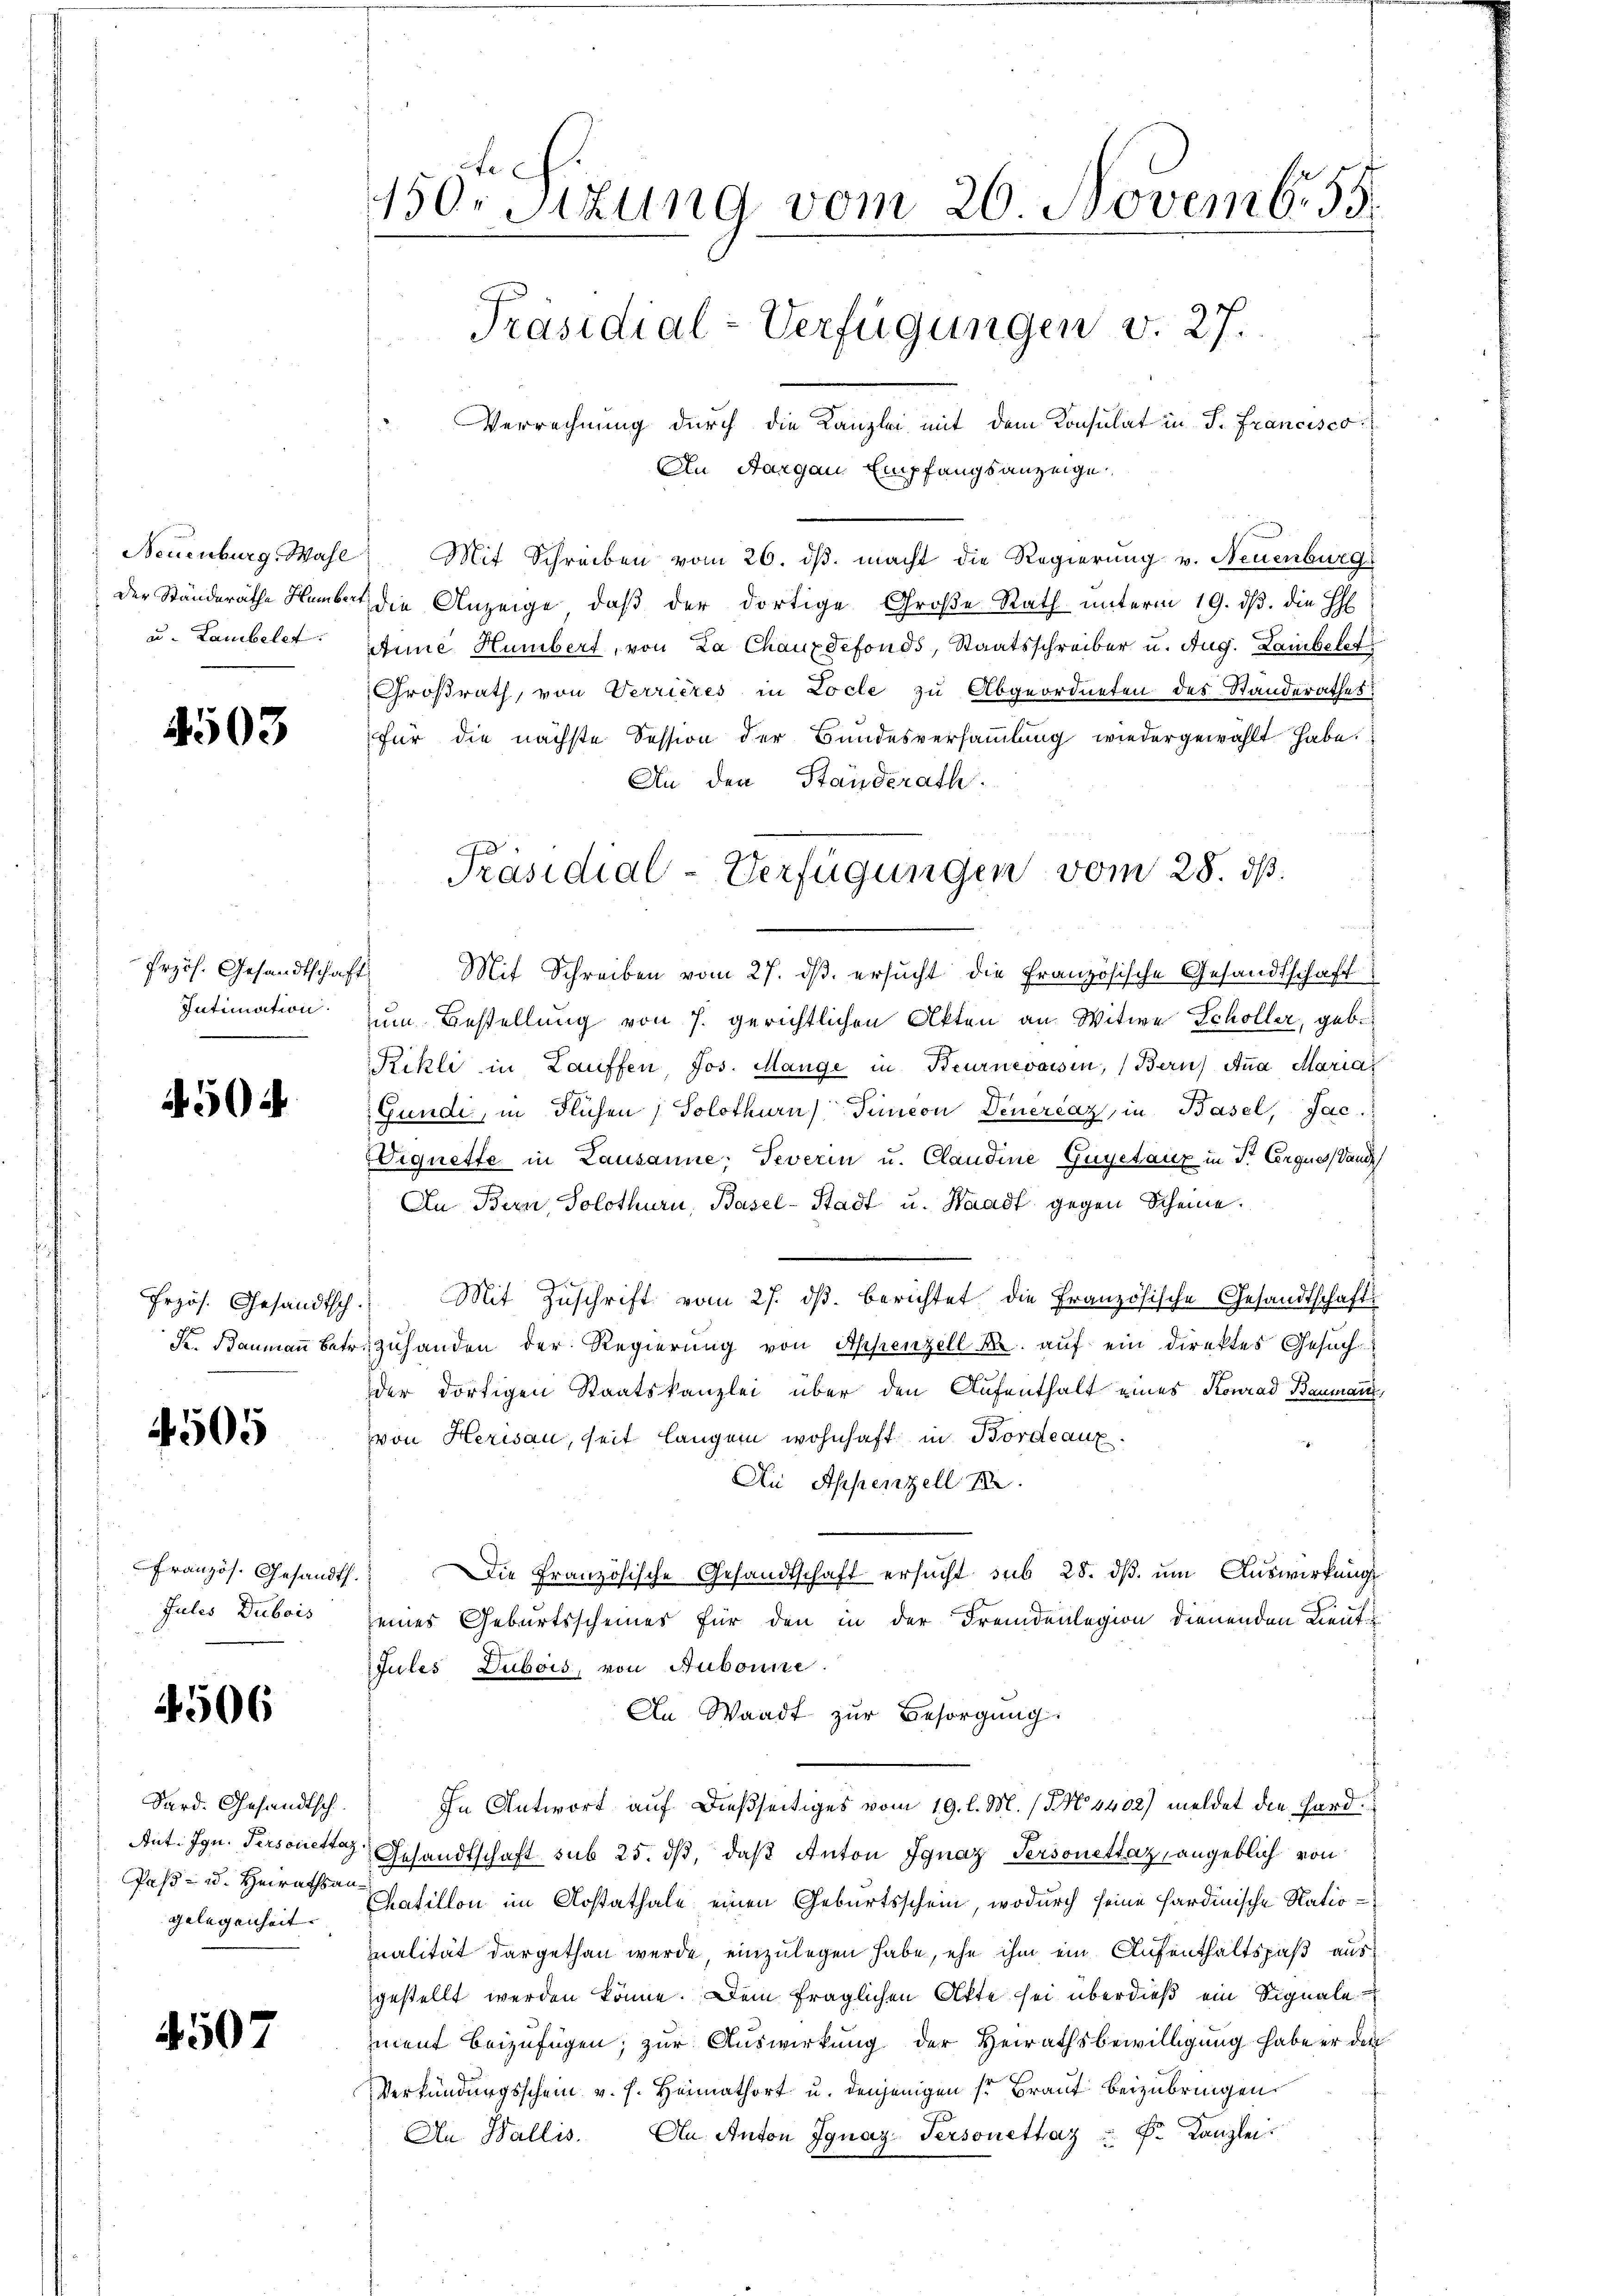
Neuenburg, Wahl
Der Ständerathe Humbert
u. Lambelet

4503

504

Erzös. Gesandtsch
K. Baumann Betr

4505

Französ. Gesandts
Jules Dubois

4506

Sard. Gesandtsch.
Ant. Ign. Personettaz
Pas- u. Heirathsan.
gelegenheit. |

4507

450. Sitzung vom 26. Novemb. 55.
Präsidial-Verfügungen v. 27.
Verrechnung durch die Kanzlei mit dem Konsulat in P. Francisco
An Aargau Empfangsanzeige

Mit Schreiben vom 26. dβ. macht die Regierung v. Neuenburg
die Anzeige, daß der dortige Große Rath unterm 19. ds. die H
Anne Humbert, von La Chauxdefonds, Staatsschreiber u. Aug. Lambelt
Großrath, von Verrieres in Locle zu Abgeordneten des Standerathes
für die nächste Session der Bundesversammlung wiedergewählt habe.
An den Standerath.
Präsidial-Verfügungen vom 28. dß.

frzös. Gesandtschaft Mit Schreiben vom 27. ds. ersucht die Französische Gesandtschaft
Intimation zum Bestellung von 7. gerichtlichen Akten an Witwe Schöller, geb.
Rikli in Lauffen, Jos. Mange in Beurnevoisin, Bern) Aṅa Maria
Gunde, in Flichen ; Solothurn) Timeon Deuercaz, in Basel, Jac.
Eignette in Lausanne; Teverin u. Claudine Gugetanz in Sr Eerques Sand
An Bern, Solothurn, Basel-Stadt u. Waadt gegen Scheine.
Mit Zuschrift vom 27. ds. berichtet die Französische Gesandtschaft
zuhanden der Regierŭng von Appenzell A. aŭf ein direktes Gesŭch
der dortigen Staatskanzlei über den Aufenthalt eines Konrad Baumann,
von Herisau, seit länger wohnhaft in Bordeaux.
Au Appenzell I.
DDie Französische Gesandtschaft ersucht sub 28. ds. um Auswirkung
seines Geburtsscheines für den in der Fremdenlegion dienenden Lieut.
Jules Dubois, von Aubonne.
An Waadt zur Besorgung.
In Antwort auf dießseitiges vom 19. l. M. (N. N. 4402) meldet die Hard¬
Gesandtschaft sub 25. dβ, daβ Anton Ignaz Personettaz, angeblich von
Chatillon im Kostathale einen Geburtsschein, wodurch seine sardinische Natioualität dargethan werde, einzulegen habe, ehe ihm ein Aufenthaltspaß ausgestellt werden könne. Dem fraglichen Akte sei überdieß ein Signale
ment beizufügen; zur Auswirkung der Heirathsbewilligung habe er den
Verkündungsschein v. h. Heimathort u. denjenigen s. Braut beizubringen.
An Wallis. An Anton Ignaz Personethaz " Fr. Kanzlei